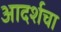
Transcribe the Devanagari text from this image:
आदर्शचा